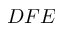
D F E